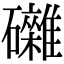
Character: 𥗭